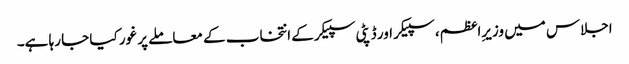
اجلاس میں وزیرِاعظم، سپیکر اور ڈپٹی سپیکر کے انتخاب کے معاملے پر غور کیا جا رہا ہے۔